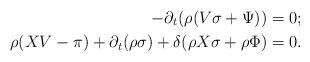
LaTeX: \begin{align*}-\partial_t(\rho(V\sigma+\Psi))&=0;\\\rho (XV-\pi)+\partial_t(\rho \sigma)+\delta(\rho X\sigma + \rho \Phi)&=0. \refstepcounter{equation}\end{align*}